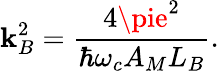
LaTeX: \mathbf{k}_{B}^{2}={\frac{{4\pie^{2}}}{{\hbar\omega_{c}A_{M}L_{B}}}}.